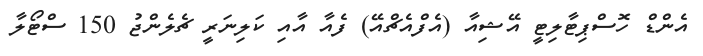
އެންޑް ހޮސްޕިޓާލިޓީ އޭޝިއާ (އެފްއެޗްއޭ) ފެއާ އާއި ކަލިނަރީ ޗެލެންޖު 150 ސްޓޯލާ